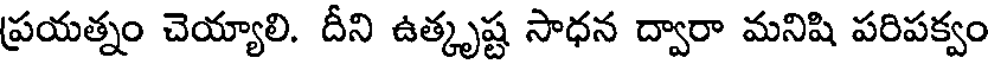
ప్రయత్నం చెయ్యాలి. దీని ఉత్కృష్ట సాధన ద్వారా మనిషి పరిపక్వం